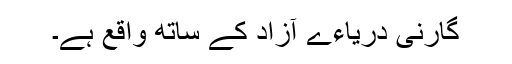
گارنی دریاءے آزاد کے ساتھ واقع ہے۔